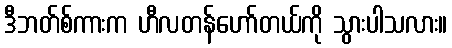
ဒီဘတ်စ်ကားက ဟီလတန်ဟော်တယ်ကို သွားပါသလား။